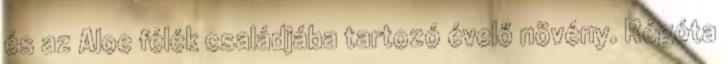
és az Aloe félék családjába tartozó évelő növény. Régóta